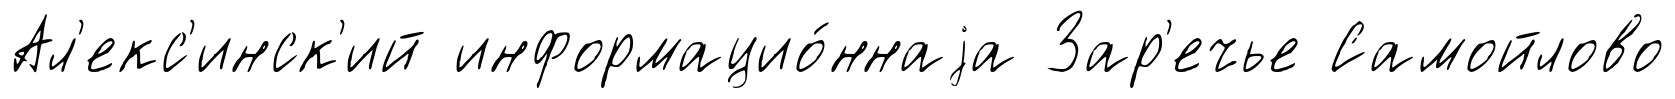
Ал'екс'инск'ий информацио́ннаjа Зар'ечье Самойлово